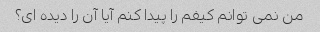
من نمی توانم کیفم را پیدا کنم آیا آن را دیده ای؟